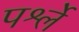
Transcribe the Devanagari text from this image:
पर्श्ले